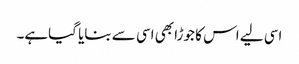
اسی لیے اس کا جوڑا بھی اسی سے بنایا گیاہے۔